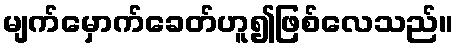
မျက်မှောက်ခေတ်ဟူ၍ဖြစ်လေသည်။